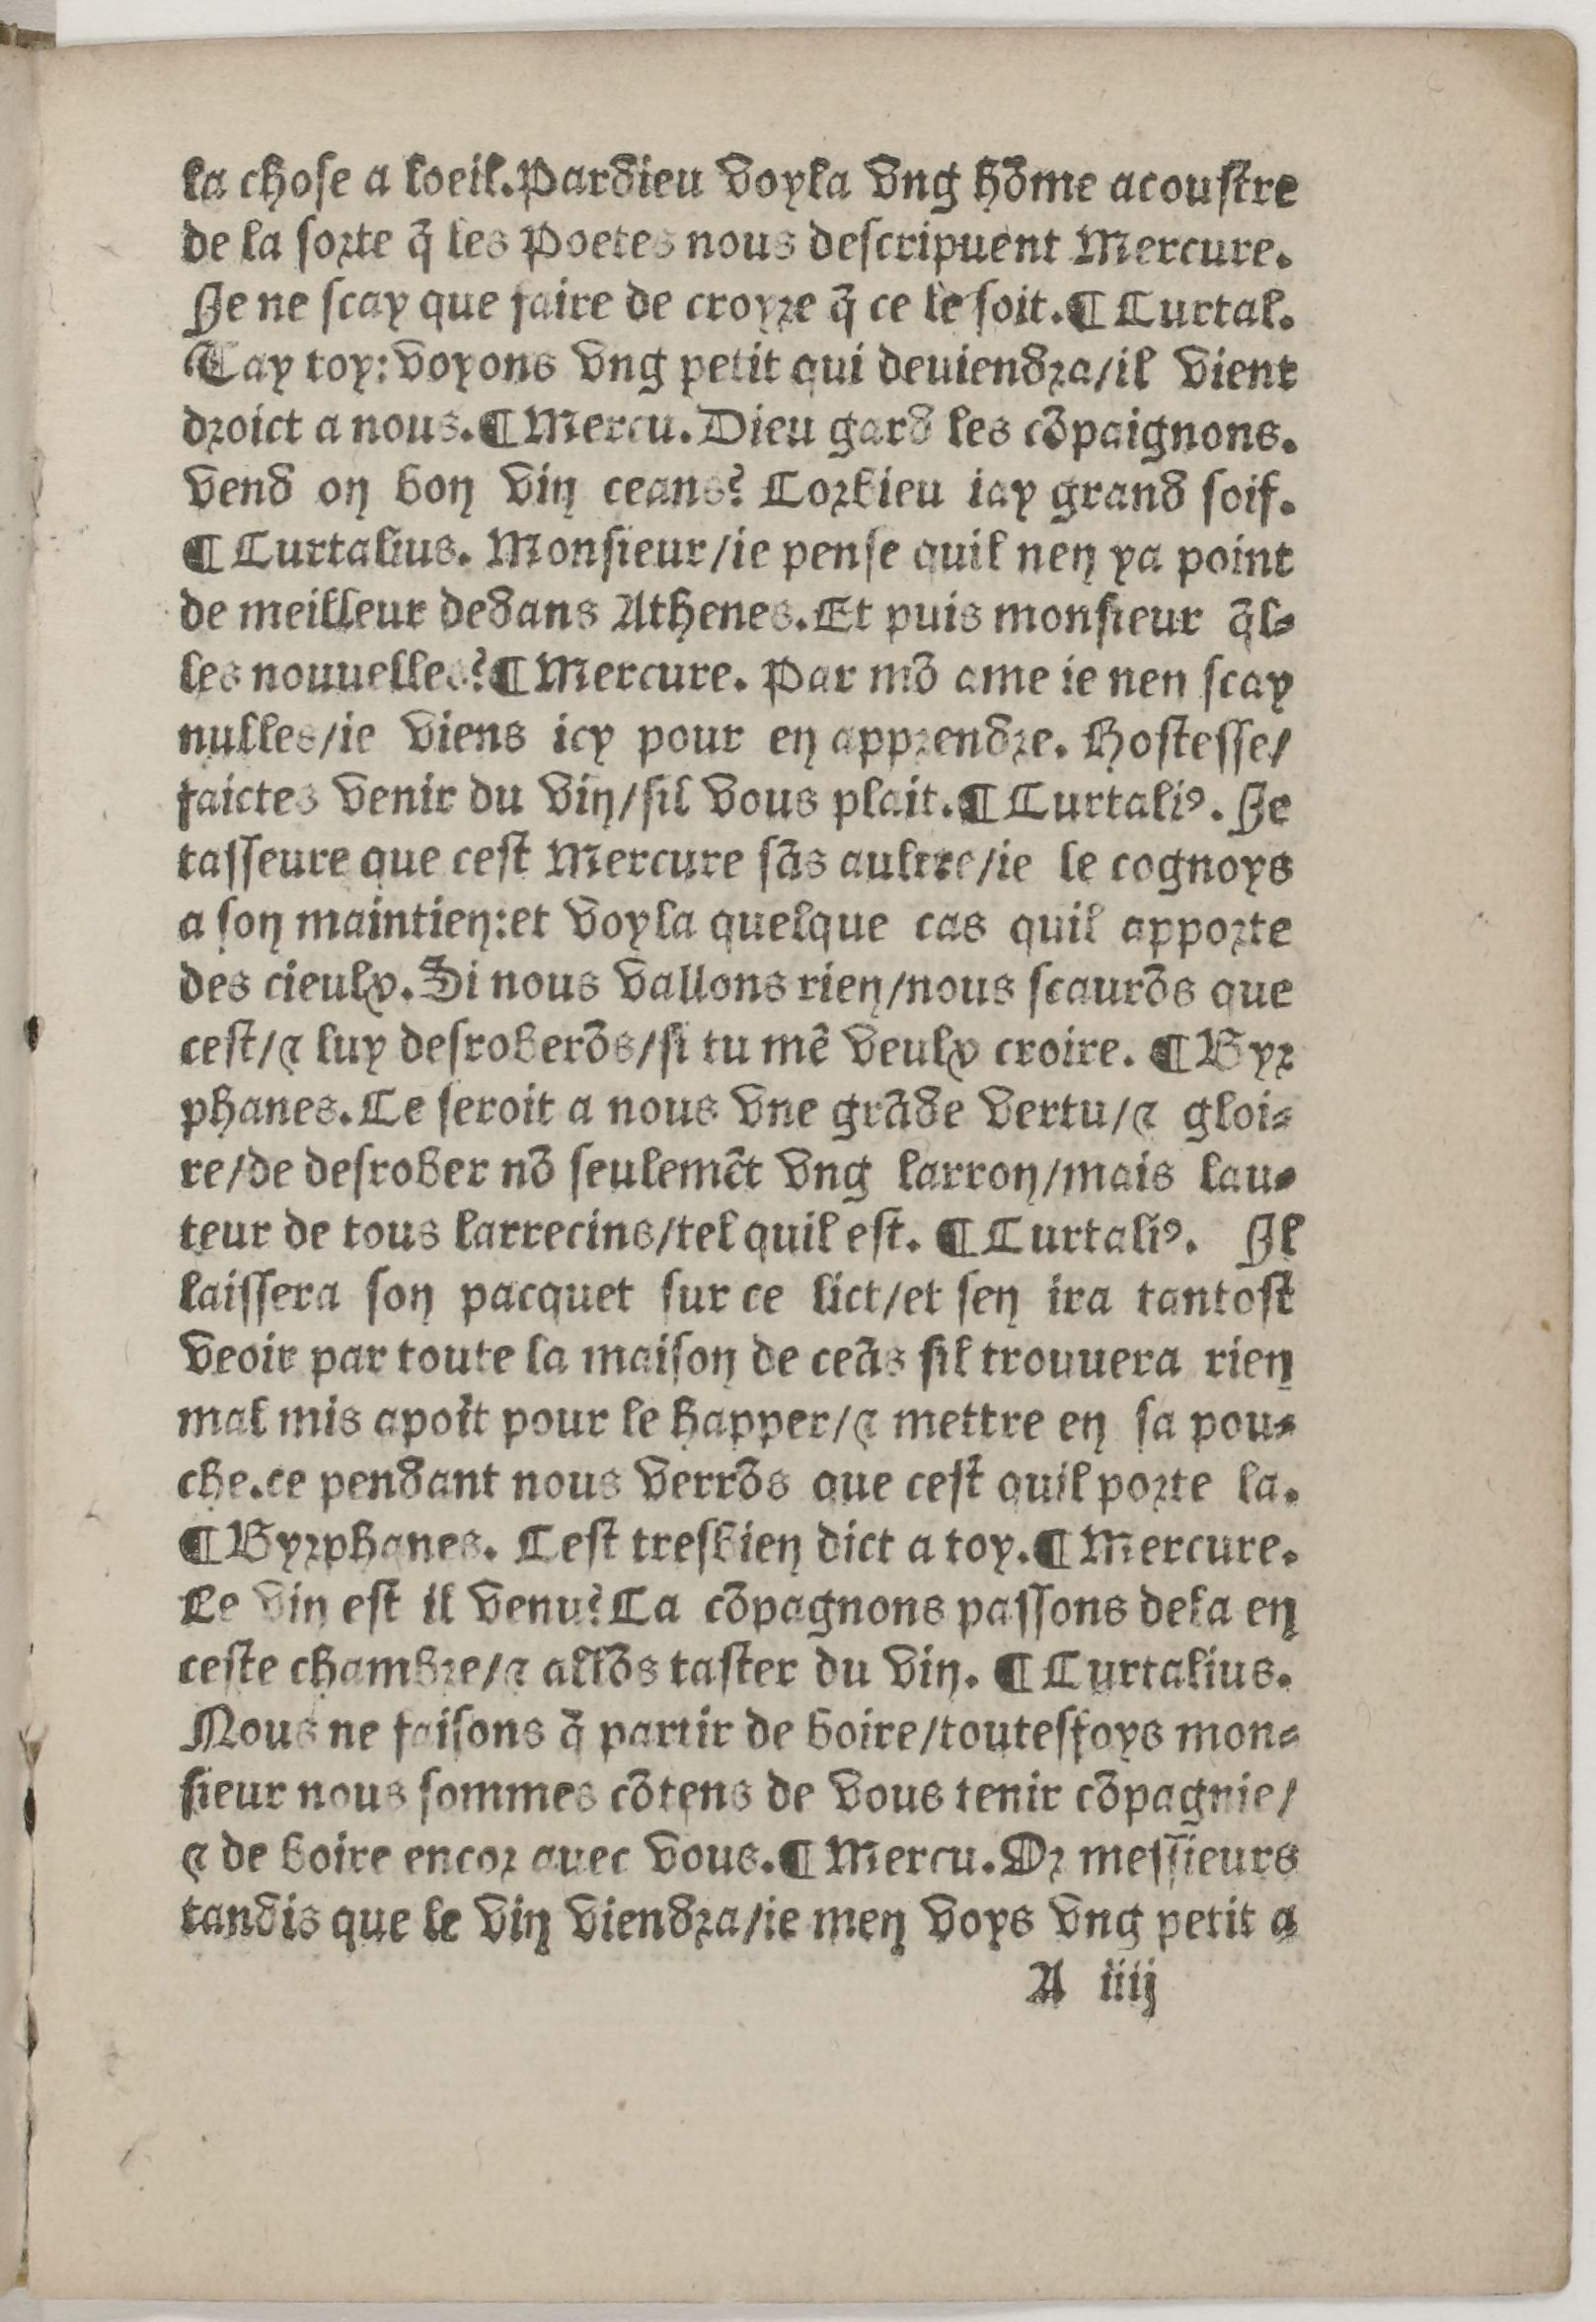
Shelfmark: Paris, BnF, Rés. Z-2442
Century: 16